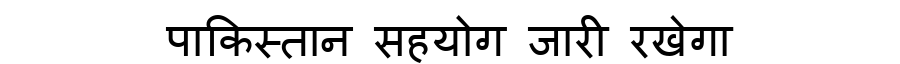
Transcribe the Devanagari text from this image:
पाकिस्तान सहयोग जारी रखेगा